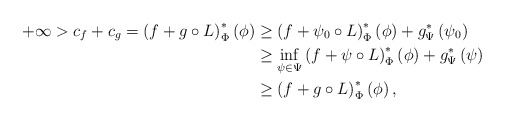
\begin{align*}+\infty > c_f +c_g =\left(f+g\circ L\right)^{*}_\Phi\left(\phi\right) &\geq \left(f+\psi_0\circ L\right)^{*}_\Phi\left(\phi\right)+g^{*}_\Psi\left(\psi_0\right)\\& \geq\inf_{\psi\in\Psi}\left(f+\psi\circ L\right)^{*}_\Phi\left(\phi\right)+g^{*}_\Psi\left(\psi\right) \\& \geq \left(f+g\circ L\right)^{*}_\Phi\left(\phi\right),\end{align*}